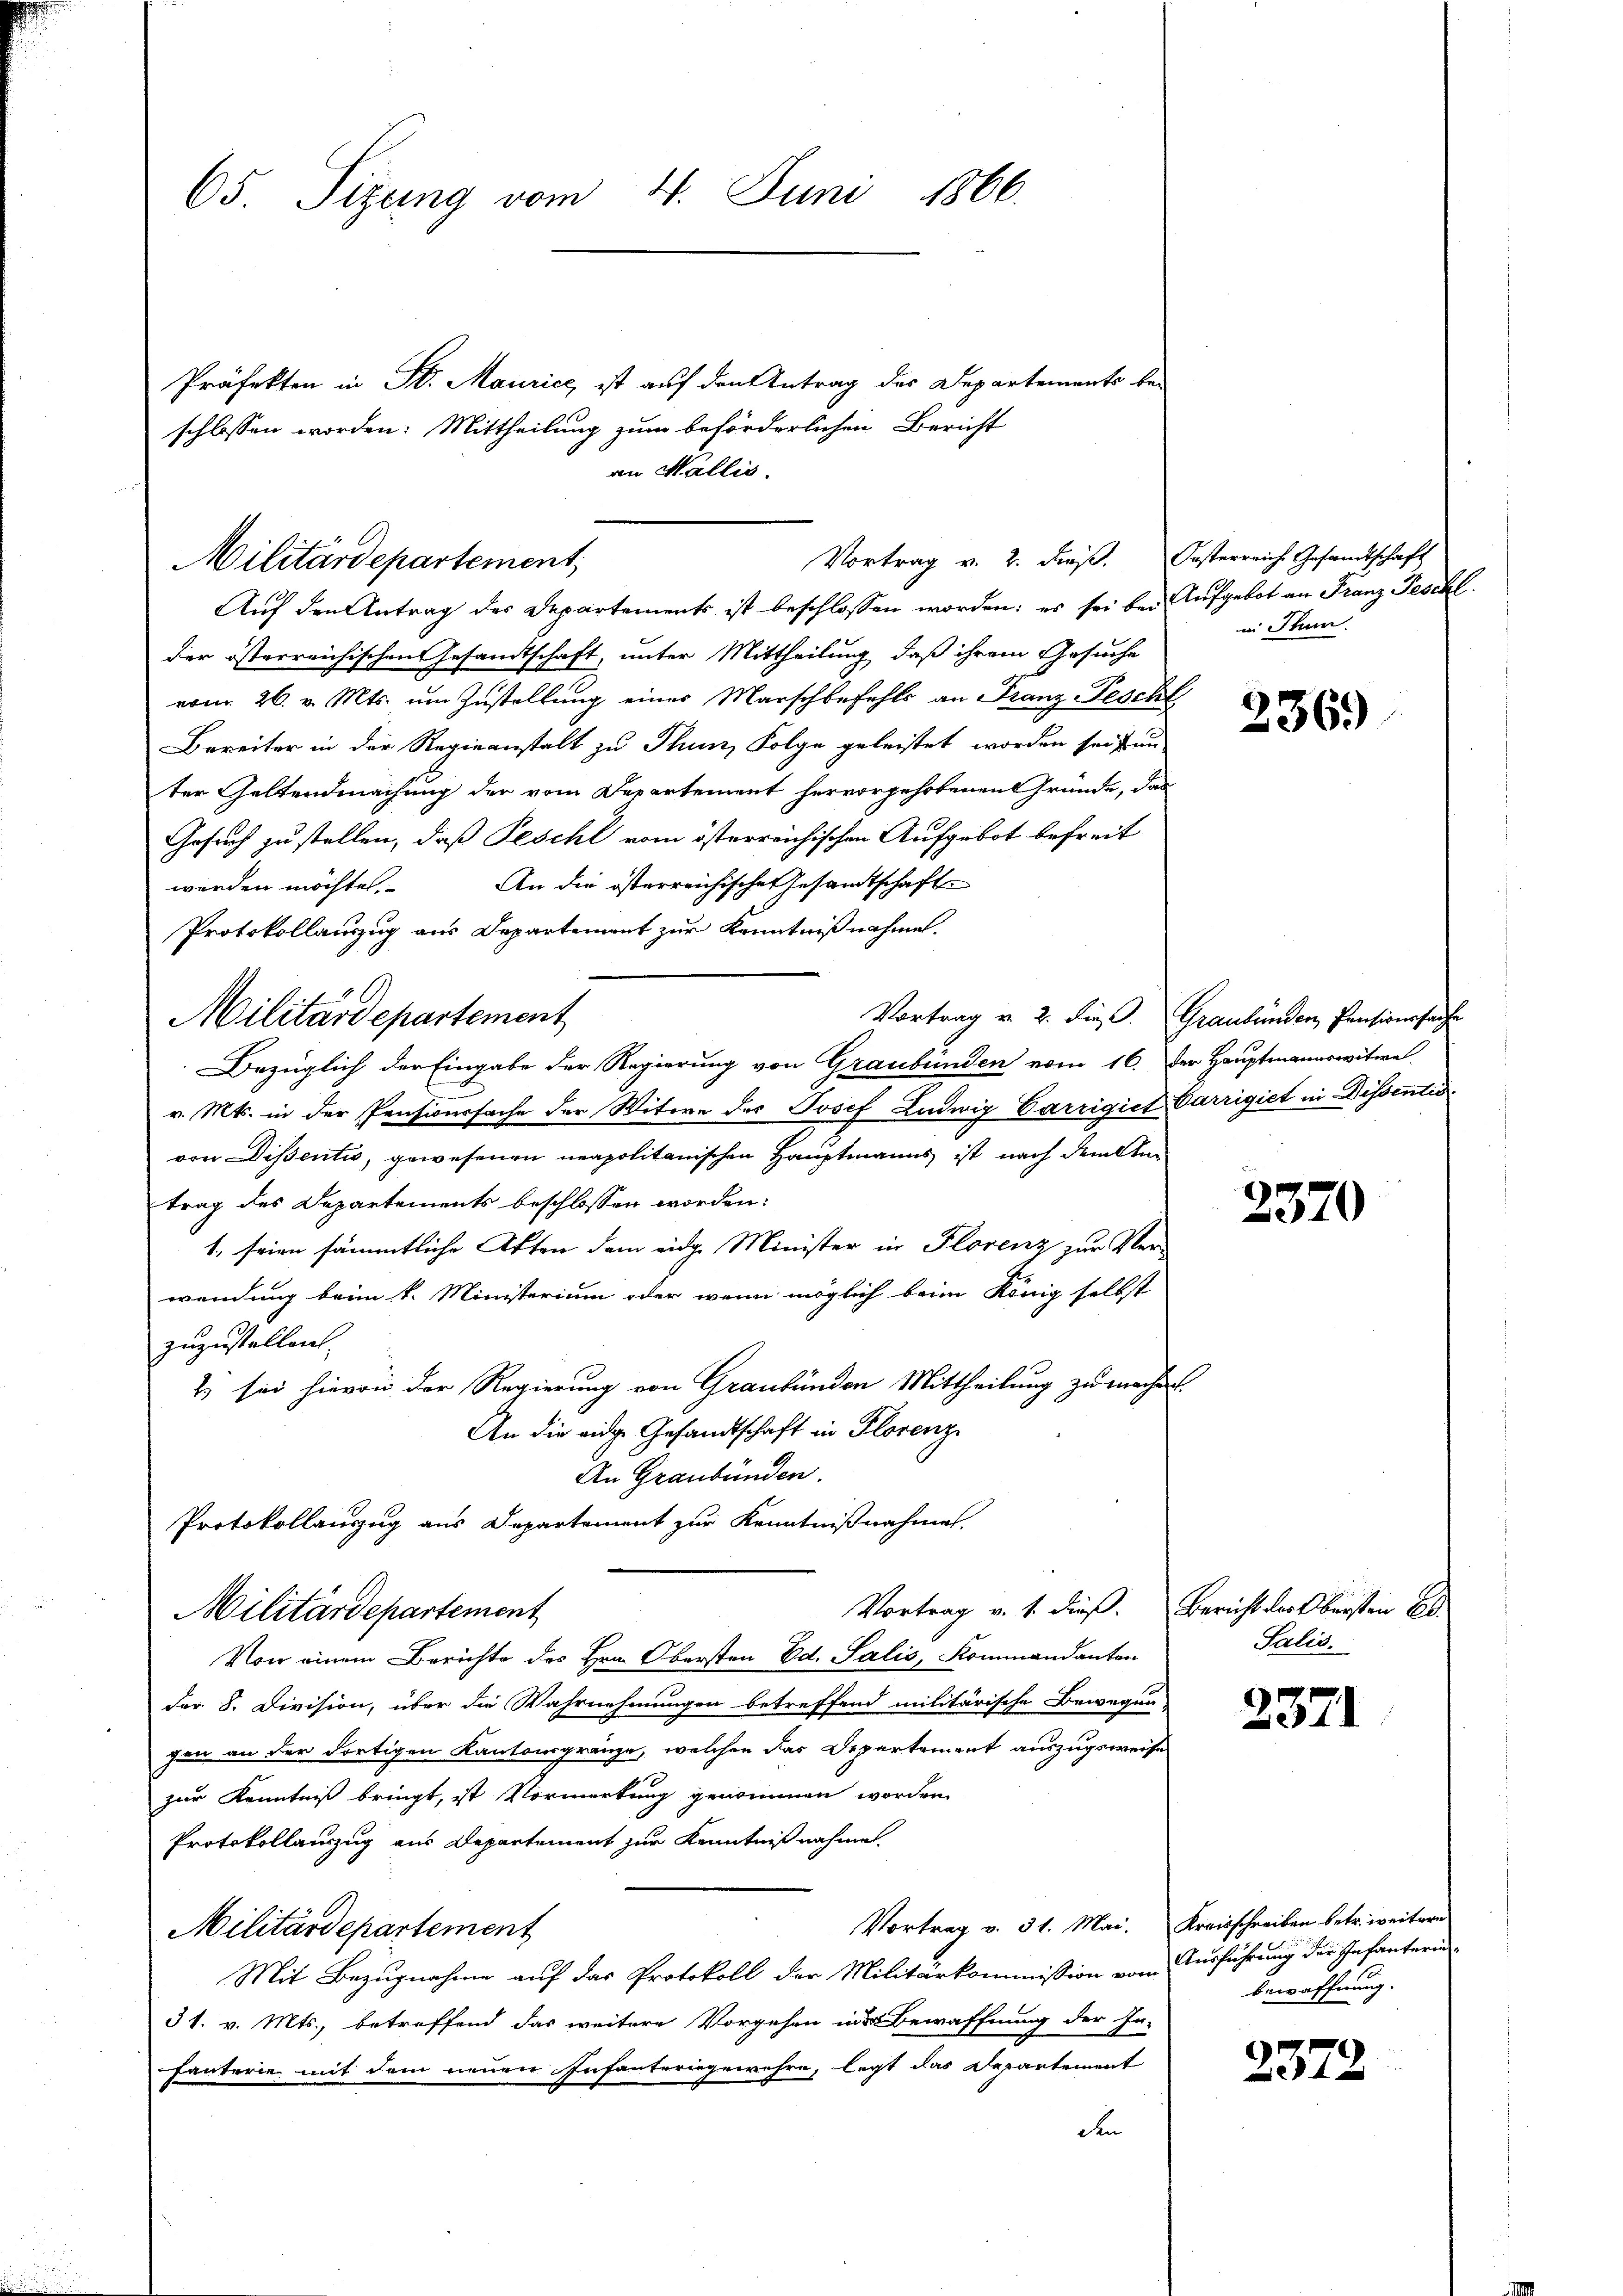
65. Sitzung vom 4. Juni 1866.

Präfekten in St. Maurice, ist auf den Antrag des Departements bei
schlossen worden: Mittheilung zum beförderlichen Bericht
an Wallis.

Vortrag v. 2. dieβ. Oesterreich Gesandtschaft
Militärdepartement;

Militärdepartement

Auf den Antrag des Departements ist beschlossen worden: es sei bei Aufgebot an Franz Peschl
der österreichischen Gesandtschaft, unter Mittheilung, daß ihrem Gesuche
vom 26. v. Mts. um Zustellung einer Marschbefehls an Franz Peschl
Bereiter in der Regieanstalt zu Thun, Folge geleistet worden sei un
ter Geltendmachung der vom Departement hervorgehobenen Gründe, das
Gesuch zu stellen, daß Peschl vom österreichischen Aufgebot befreit
werden möchte. An die österreichischen Gesamtschaft
Protokollauszug aus Departement zur Kenntnißnahme.
Bezüglich der Eingabe der Regierung von Graubünden vom 16. Der Hauptmannswitwe
v. Mts. in der Pensionssache der Witwe des Josef Ludwig Carrigiet Carrigiet in Dissentis
von Dissentio, gewesenen neapolitanischen Hauptmanns ist nach dem Antrag des Departements beschlossen worden:
1. seien sämmtliche Akten dem eidg. Minister in Florenz zur Ver-
wendung beim k. Ministerium oder wenn möglich beim König selbst
zuzustellen.
& sei hievon der Regierung von Graubünden Mittheilung zu mache
An die eidge Gesandtschaft in Florenz
An Graubünden.
Protokollauszug aus Departement zur Kenntnißnahmen.
Vortrag v. 1. dieß. Bericht der Obersten Be
Militärdepartement
Von einem Berichte des Hrn. Obersten Ed. Salis, Kommandanten
der 8. Division, über die Wahrnehmungen betreffend militärische Bewegun
gen an der dortigen Kantonsgränze, welchen das Departement auszugsweise
zur Kenntniß bringt, ist Vormerkung genommen worden.
Protokollauszug aus Departement zur Kenntnißnahme.
Vortrag v. 31. Mai. Kreisschreiben betr. weiteren
Militärdepartement
Mit Bezugnahme auf das Protokoll der Militärkommission vom Ausführung der Infantern
31. v. Mts., betreffend das weitere Vorgehen ins Bewaffnung der In-
fanterie mit dem neuen Infanteringewehre, legt das Departement
den

in Thun.

2369

Vortrag v. 2. die Graubünden Pensionssache

2370

Salis.

2371

bewaffnung.

2372